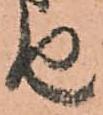
せ